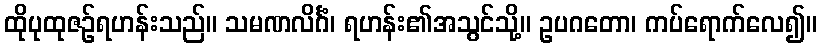
ထိုပုထုဇဉ်ရဟန်းသည်။ သမဏလိင်္ဂံ၊ ရဟန်း၏အသွင်သို့။ ဥပဂတော၊ ကပ်ရောက်လေ၍။